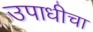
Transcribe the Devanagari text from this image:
उपाधीचा